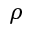
\rho